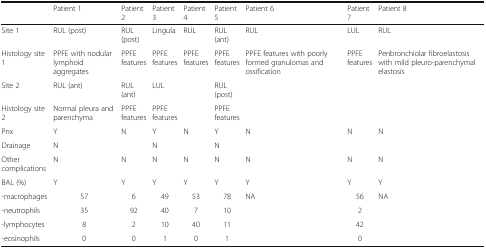
<table><thead><tr><td></td><td><b>Patient 1</b></td><td><b>Patient 2</b></td><td><b>Patient 3</b></td><td><b>Patient 4</b></td><td><b>Patient 5</b></td><td><b>Patient 6</b></td><td><b>Patient 7</b></td><td><b>Patient 8</b></td></tr></thead><tbody><tr><td>Site 1</td><td>RUL (post)</td><td>RUL (post)</td><td>Lingula</td><td>RUL</td><td>RUL (ant)</td><td>RUL</td><td>LUL</td><td>RUL</td></tr><tr><td>Histology site 1</td><td>PPFE with nodular lymphoid aggregates</td><td>PPFE features</td><td>PPFE features</td><td>PPFE features</td><td>PPFE features</td><td>PPFE features with poorly formed granulomas and ossification</td><td>PPFE features</td><td>Peribronchiolar fibroelastosis with mild pleuro-parenchymal elastosis</td></tr><tr><td>Site 2</td><td>RUL (ant)</td><td>RUL (ant)</td><td>LUL</td><td></td><td>RUL (post)</td><td></td><td></td><td></td></tr><tr><td>Histology site 2</td><td>Normal pleura and parenchyma</td><td>PPFE features</td><td>PPFE features</td><td></td><td>PPFE features</td><td></td><td></td><td></td></tr><tr><td>Pnx</td><td>Y</td><td>N</td><td>Y</td><td>N</td><td>Y</td><td>N</td><td>N</td><td>N</td></tr><tr><td>Drainage</td><td>N</td><td></td><td>N</td><td></td><td>N</td><td></td><td></td><td></td></tr><tr><td>Other complications</td><td>N</td><td>N</td><td>N</td><td>N</td><td>N</td><td>N</td><td>N</td><td>N</td></tr><tr><td>BAL (%)</td><td>Y</td><td>Y</td><td>Y</td><td>Y</td><td>Y</td><td>Y</td><td>Y</td><td>Y</td></tr><tr><td>-macrophages</td><td>57</td><td>6</td><td>49</td><td>53</td><td>78</td><td>NA</td><td>56</td><td>NA</td></tr><tr><td>-neutrophils</td><td>35</td><td>92</td><td>40</td><td>7</td><td>10</td><td></td><td>2</td><td></td></tr><tr><td>-lymphocytes</td><td>8</td><td>2</td><td>10</td><td>40</td><td>11</td><td></td><td>42</td><td></td></tr><tr><td>-eosinophils</td><td>0</td><td>0</td><td>1</td><td>0</td><td>1</td><td></td><td>0</td><td></td></tr></tbody></table>